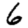
Digit: 6